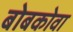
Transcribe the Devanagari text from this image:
बोबकोवा